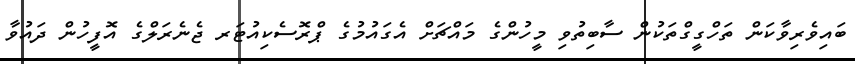
ބައިވެރިވާކަން ތަހްގީގްތަކުން ސާބިތުވި މީހުންގެ މައްޗަށް އެގައުމުގެ ޕްރޮސެކިއުޓަރ ޖެނެރަލްގެ އޮފީހުން ދައުވާ